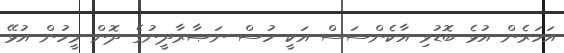
އަހަރެން އުޅެ ބޮޑުވި އާކެންސަސް އަކީ ހުސް ނަޞާރާދީނުގެ ދޮން މީހުން އުޅޭ